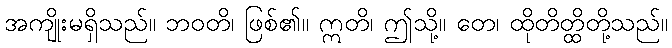
အကျိုးမရှိသည်။ ဘဝတိ၊ ဖြစ်၏။ ဣတိ၊ ဤသို့။ တေ၊ ထိုတိတ္ထိတို့သည်။